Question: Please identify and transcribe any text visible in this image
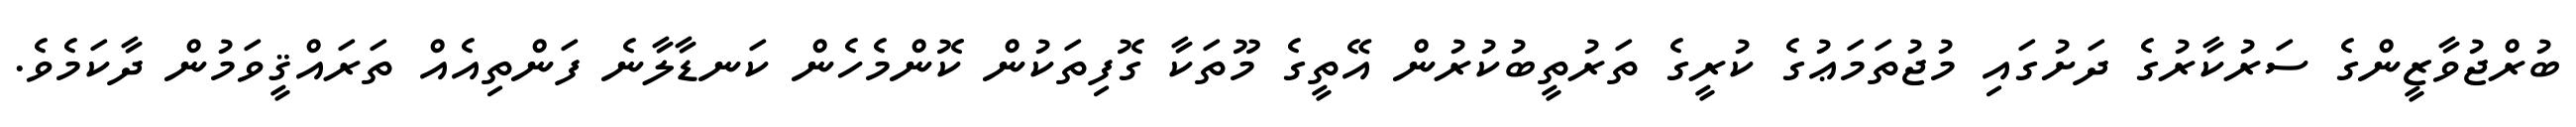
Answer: ބުރްޖުވާޒީންގެ ސަރުކާރުގެ ދަށުގައި މުޖުތަމަޢުގެ ކުރީގެ ތަރުތީބުކުރުން އޭތީގެ މޫތަކާ ގޮފިތަކުން ކޮންމެހެން ކަނޑާލާނެ ފަންތިއެއް ތަރައްޤީވަމުން ދާކަމެވެ.